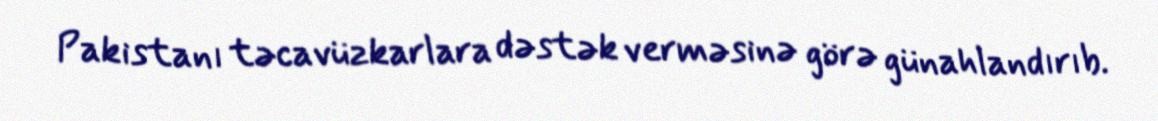
Pakistanı təcavüzkarlara dəstək verməsinə görə günahlandırıb.